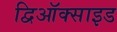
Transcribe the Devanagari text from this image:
द्विऑक्साइड